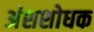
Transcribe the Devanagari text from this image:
अंशशोधक